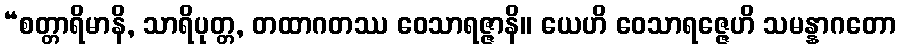
“စတ္တာရိမာနိ, သာရိပုတ္တ, တထာဂတဿ ဝေသာရဇ္ဇာနိ။ ယေဟိ ဝေသာရဇ္ဇေဟိ သမန္နာဂတော